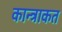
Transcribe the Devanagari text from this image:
कान्त्राकत